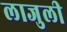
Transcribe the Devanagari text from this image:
लाजुली